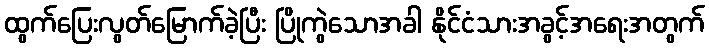
ထွက်ပြေးလွတ်မြောက်ခဲ့ပြီး ပြိုကွဲသောအခါ နိုင်ငံသားအခွင့်အရေးအတွက်